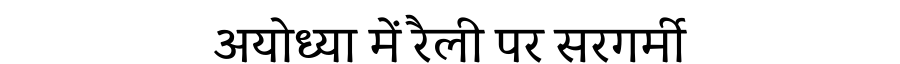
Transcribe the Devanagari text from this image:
अयोध्या में रैली पर सरगर्मी